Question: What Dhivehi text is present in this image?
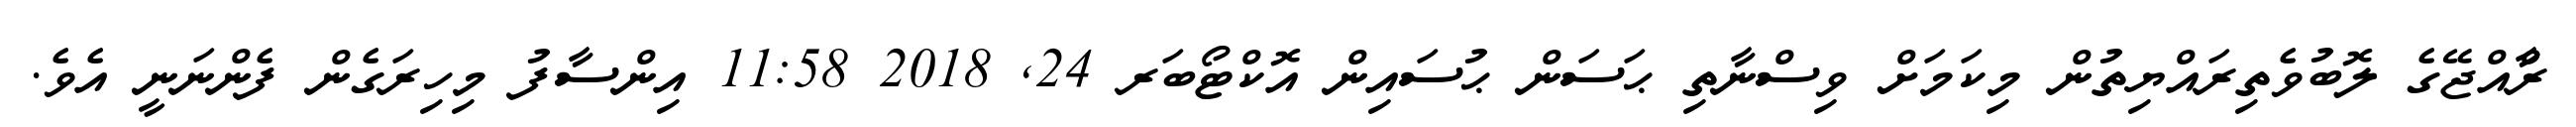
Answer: ރާްއްޖޭގެ ލޮބުވެތިރައްޔިތުން މިކަމަށް ވިސްނާތި ޙަސަން ޙުސައިން އޮކްޓޯބަރ 24, 2018 11:58 އިންސާފު މިހިރަގެން ފެންނަނީ އެވެ.